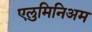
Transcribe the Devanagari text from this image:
एलुमिनिअम